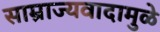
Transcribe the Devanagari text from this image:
साम्राज्यवादामुळे